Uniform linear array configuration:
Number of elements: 12
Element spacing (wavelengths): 1
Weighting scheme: hamming
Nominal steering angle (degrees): -30
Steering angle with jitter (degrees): -30.828
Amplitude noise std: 0.05
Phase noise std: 0.05

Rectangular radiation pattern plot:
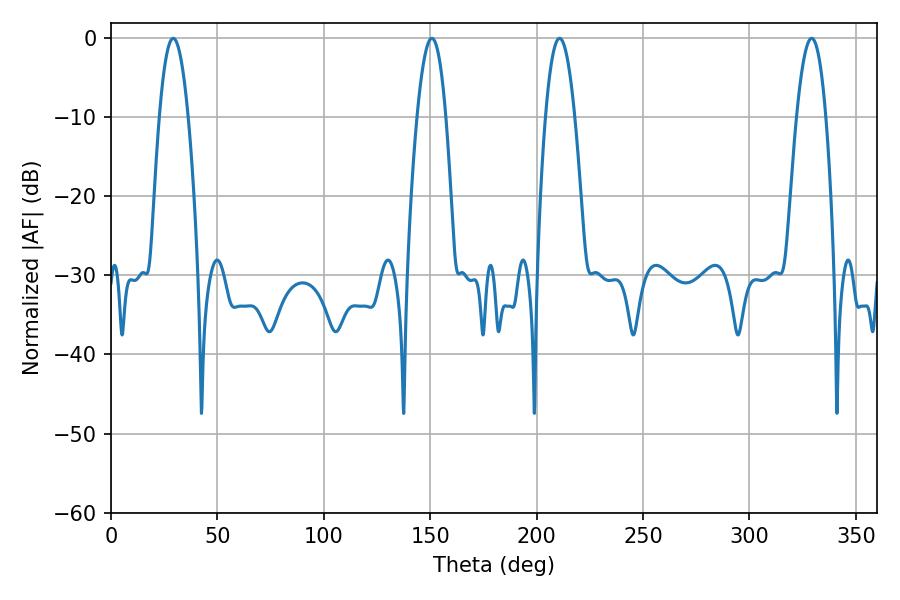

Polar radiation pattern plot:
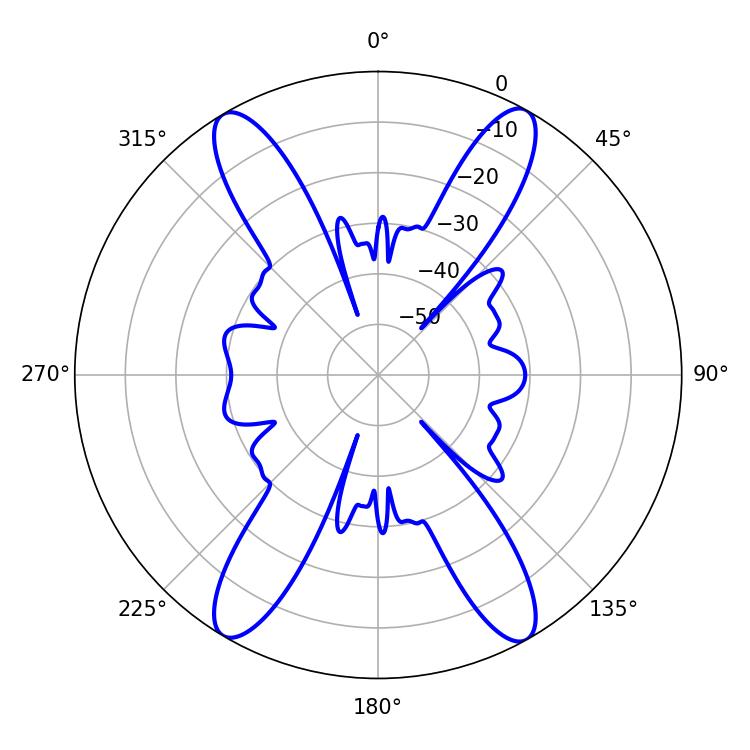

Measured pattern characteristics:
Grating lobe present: TRUE
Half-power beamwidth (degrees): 7.56
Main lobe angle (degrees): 210.78